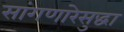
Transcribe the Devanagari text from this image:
सांगणारेसुद्धा